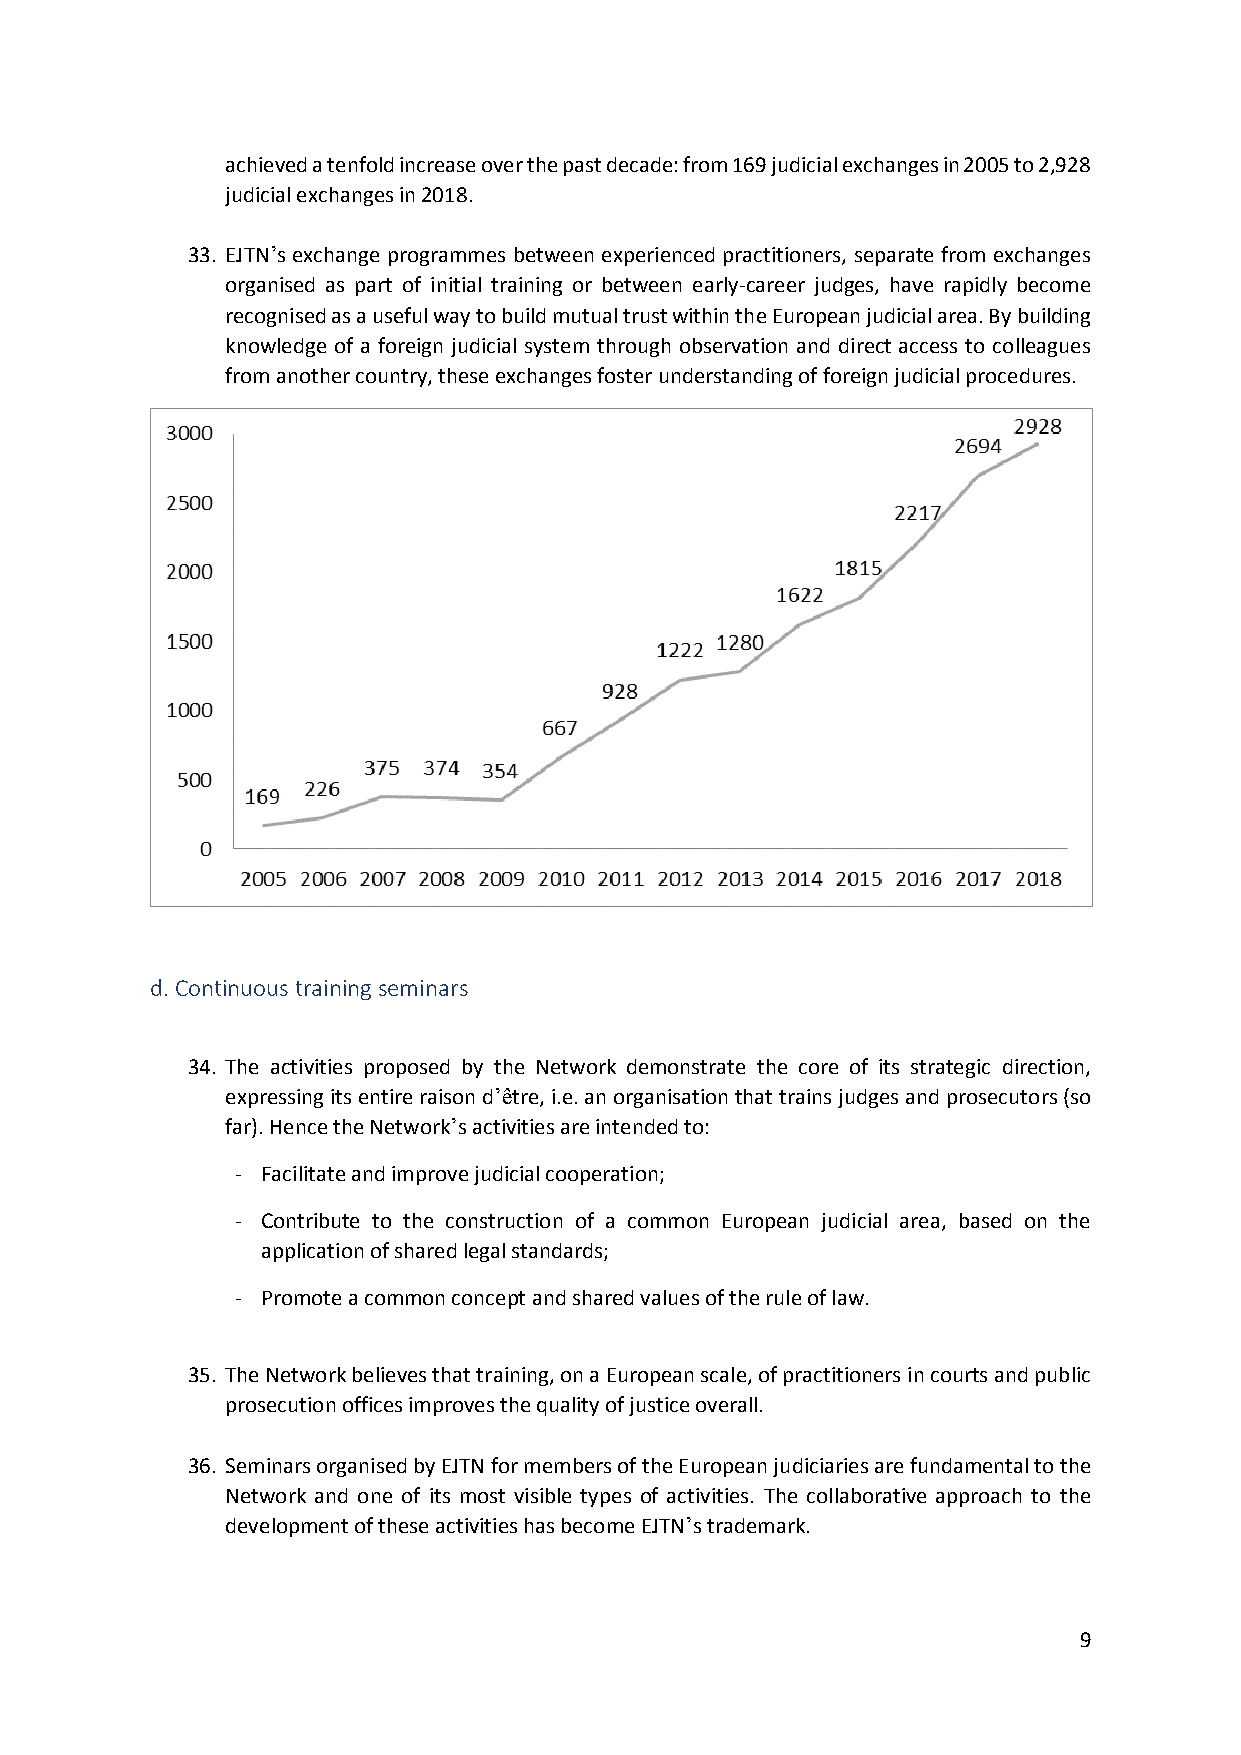
achieved a tenfold increase over the past decade: from 169 judicial exchanges in 2005 to 2,928
 judicial exchanges in 2018.
 33. EJTN’s exchange programmes between experienced practitioners, separate from exchanges
 organised as part of initial training or between early-career judges, have rapidly become
 recognised as a useful way to build mutual trust within the European judicial area. By building
 knowledge of a foreign judicial system through observation and direct access to colleagues
 from another country, these exchanges foster understanding of foreign judicial procedures.
 d. Continuous training seminars
 34. The activities proposed by the Network demonstrate the core of its strategic direction,
 expressing its entire raison d’être, i.e. an organisation that trains judges and prosecutors (so
 far). Hence the Network’s activities are intended to:
 - Facilitate and improve judicial cooperation;
 - Contribute to the construction of a common European judicial area, based on the
 application of shared legal standards;
 - Promote a common concept and shared values of the rule of law.
 35. The Network believes that training, on a European scale, of practitioners in courts and public
 prosecution offices improves the quality of justice overall.
 36. Seminars organised by EJTN for members of the European judiciaries are fundamental to the
 Network and one of its most visible types of activities. The collaborative approach to the
 development of these activities has become EJTN’s trademark.
 9